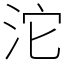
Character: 沱